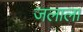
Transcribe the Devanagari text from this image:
जलाला